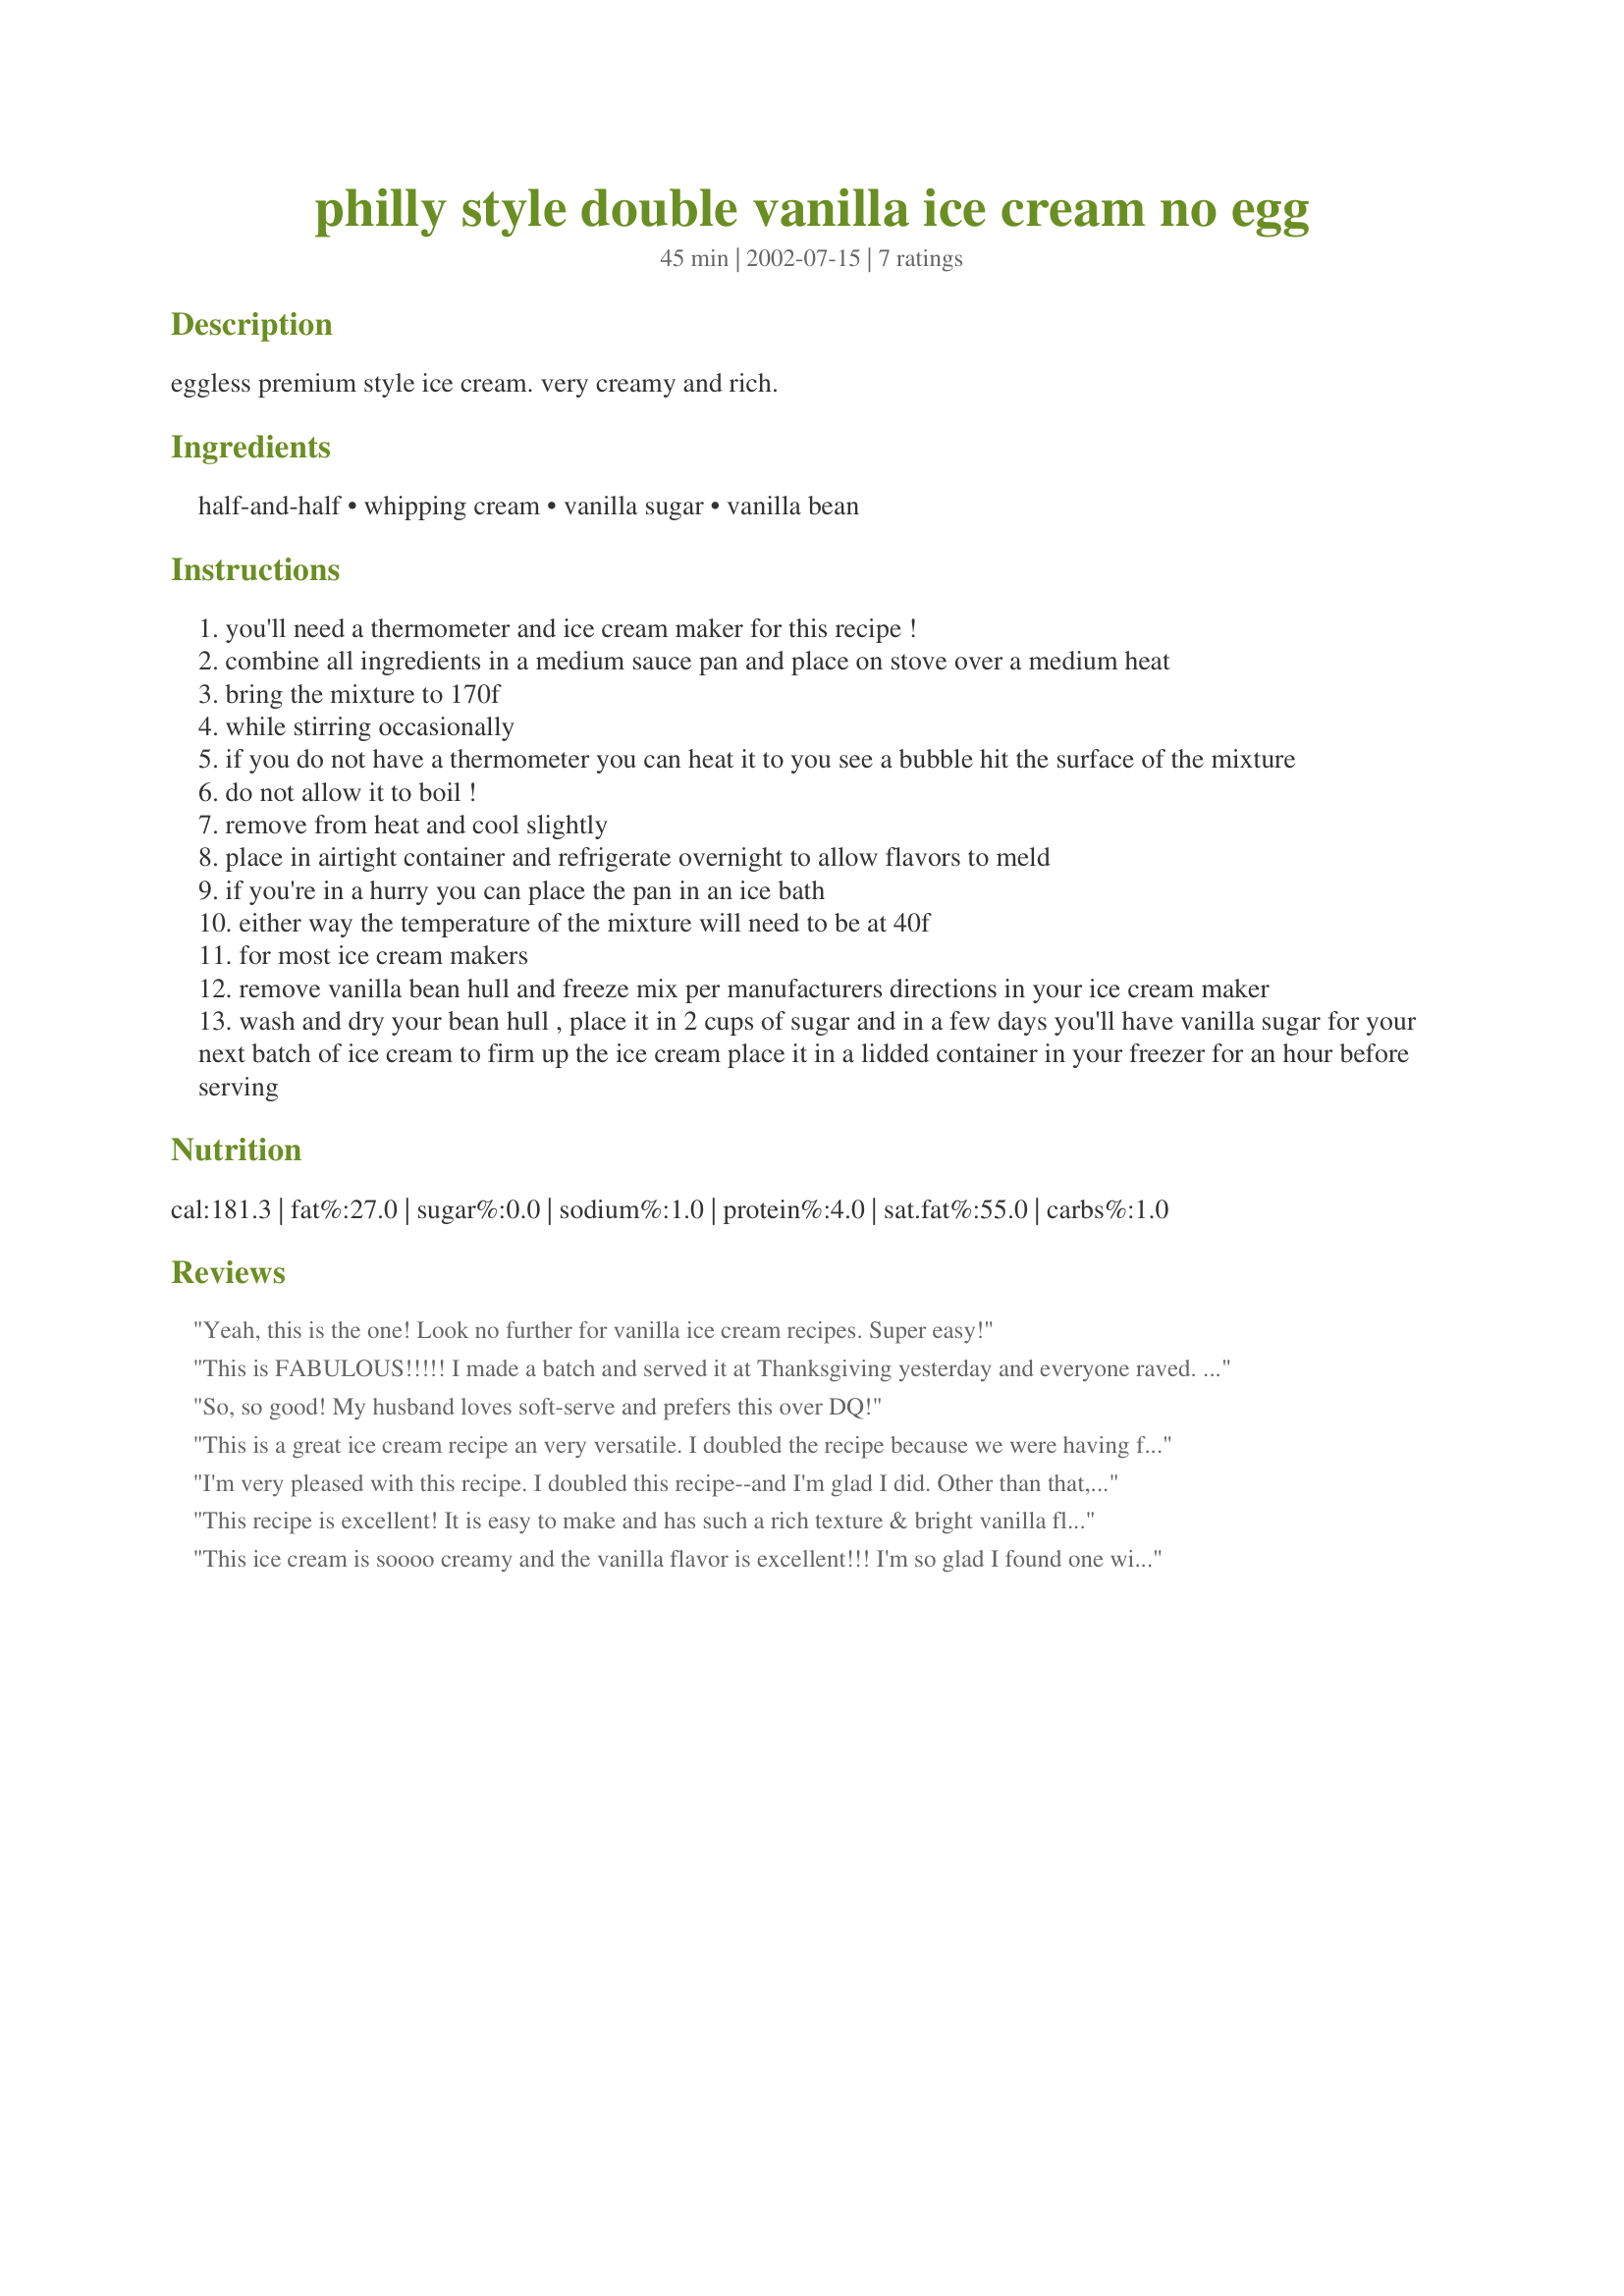
philly style double vanilla ice cream no egg
Preparation time: 45 minutes

eggless premium style ice cream. very creamy and rich.

Ingredients:
half-and-half, whipping cream, vanilla sugar, vanilla bean

Steps:
you'll need a thermometer and ice cream maker for this recipe !
combine all ingredients in a medium sauce pan and place on stove over a medium heat
bring the mixture to 170f
while stirring occasionally
if you do not have a thermometer you can heat it to you see a bubble hit the surface of the mixture
do not allow it to boil !
remove from heat and cool slightly
place in airtight container and refrigerate overnight to allow flavors to meld
if you're in a hurry you can place the pan in an ice bath
either way the temperature of the mixture will need to be at 40f
for most ice cream makers
remove vanilla bean hull and freeze mix per manufacturers directions in your ice cream maker
wash and dry your bean hull , place it in 2 cups of sugar and in a few days you'll have vanilla sugar for your next batch of ice cream to firm up the ice cream place it in a lidded container in your freezer for an hour before serving

Reviews:
Yeah, this is the one! Look no further for vanilla ice cream recipes. Super easy!
This is FABULOUS!!!!! I made a batch and served it at Thanksgiving yesterday and everyone raved. It's creamy and sweet and perfect. I cheated, by the way, and used 2 teaspoons of real vanilla extract and white sugar instead of the vanilla sugar and vanilla bean. Everyone said they couldn't believe how creamy and vanilla-y it was. The whole quart was gone in about 5 minutes!
So, so good! My husband loves soft-serve and prefers this over DQ!
This is a great ice cream recipe an very versatile. I doubled the recipe because we were having friends over and it turned out wonderful. It has such an interesting flavor that you could easily add pecans and make it a butter pecan ice cream. When I make vanilla ice cream with egg it always has that egg taste and is more like custard. This tasted like true full bodied vanilla ice cream and was better than Bryers. I used organic cream and organic half and half. <br/>This is a softer ice cream and melts very fast so you have to eat it quickly. It makes a great milk shake by simply placing the ice cream in a blender.
I'm very pleased with this recipe. I doubled this recipe--and I'm glad I did. Other than that, I followed the recipe exactly. The vanilla sugar & vanilla bean seeds were delicious, and we all loved the creamy texture. This would be outstanding with broken oreos in it!
This recipe is excellent! It is easy to make and has such a rich texture & bright vanilla flavor. My family & friends loved it. Thanks, Steve.
This ice cream is soooo creamy and the vanilla flavor is excellent!!! I'm so glad I found one without raw egg (that always makes me a little nervous.) My husband is an ice cream snob, and actually said "WOW" twice when he tried this! He said it's better than Breyer's. I did use the vanilla sugar, but didn't have a thermometer so heated till I saw a bubble just like the instructions. The recipe is very easy to make, and now I'm a hero at my house. Thank you, Steve, for this wonderful, fantabulous, scrumpdelyicious ice cream!
